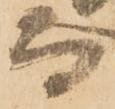
而